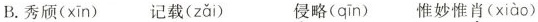
B.秀颀( xīn ) 记载( zǎi ) 侵略( qīn ) 惟妙惟肖( xiào )